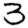
Digit: 3